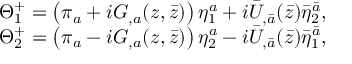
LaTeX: \begin{array} { c } { { \Theta _ { 1 } ^ { + } = \left( \pi _ { a } + i G _ { , a } ( z , \bar { z } ) \right) \eta _ { 1 } ^ { a } + i { \bar { U } } _ { , \bar { a } } ( { \bar { z } } ) { \bar { \eta } } _ { 2 } ^ { \bar { a } } , } } \\ { { \Theta _ { 2 } ^ { + } = \left( \pi _ { a } - i G _ { , a } ( z , \bar { z } ) \right) \eta _ { 2 } ^ { a } - i { \bar { U } } _ { , { \bar { a } } } ( { \bar { z } } ) { \bar { \eta } } _ { 1 } ^ { \bar { a } } , } } \end{array}